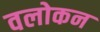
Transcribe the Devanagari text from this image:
वलोकन